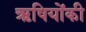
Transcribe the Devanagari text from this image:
ऋषियोंकी